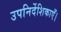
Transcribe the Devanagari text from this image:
उपनिर्देशिकाएँ।